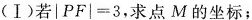
(Ⅰ)若$$| P F | = 3$$，求点M的坐标；